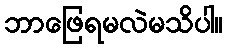
ဘာဖြေရမလဲမသိပါ။